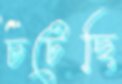
চটেছি